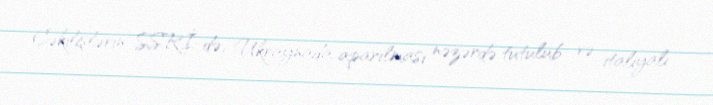
Çəkilişlərin SSRİ-də, Ukraynada aparılması nəzərdə tutulub və italiyalı